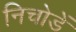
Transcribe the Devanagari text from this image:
निचोडें